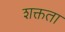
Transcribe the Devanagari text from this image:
शक्तता